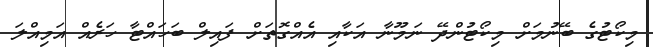
މިކޯޓުގެ ބޭނުމަށް މިކޯޓުންދޭ ނަމޫނާ އަކާއި އެއްގޮތަށް ފައިލް ބަހައްޓާ ހަރެއް އަމިއްލަ